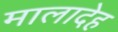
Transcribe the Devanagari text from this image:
मालादेह